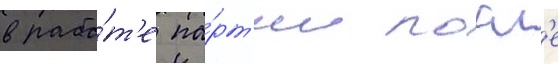
в рабо́т'е па́рт'ии посл'е